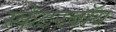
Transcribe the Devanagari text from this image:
स्केटरबॉय